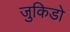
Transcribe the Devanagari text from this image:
जुकिडो